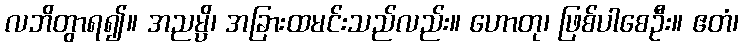
လဘိတွာရ၍။ အညမ္ပိ၊ အခြားထမင်းသည်လည်း။ ဟောတု၊ ဖြစ်ပါစေဦး။ ဧတံ၊